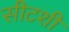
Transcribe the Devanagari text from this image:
सीटशी